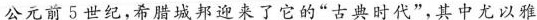
公元前5世纪，希腊城邦迎来了它的”古典时代”，其中尤以雅